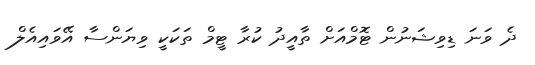
ދެ ވަނަ ޑިވިޝަނުން ޓޮމްއަށް ތާއީދު ކުރާ ޓީމް ތަކަކީ ވިޔަންސާ އޭވައިއެލް